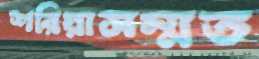
শরিয়াসম্মত